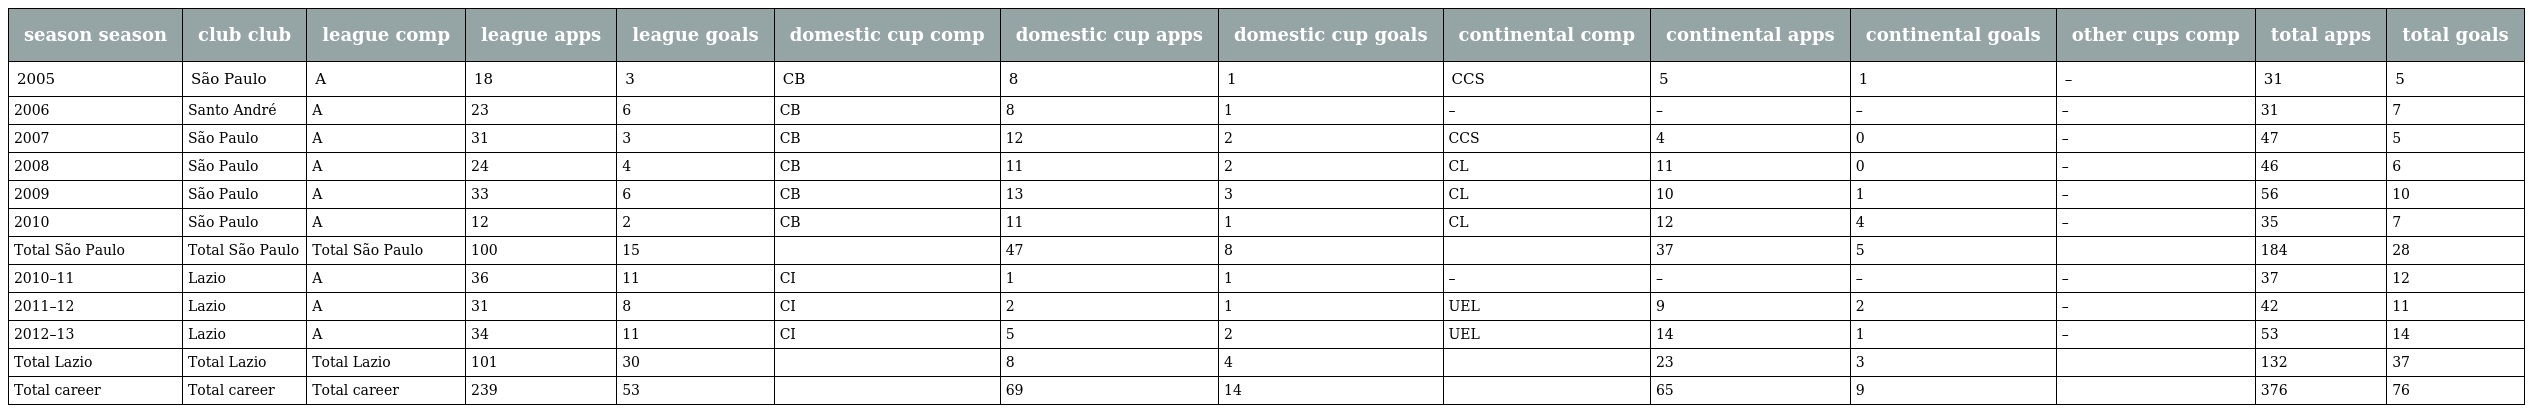
| season season | club club | league comp | league apps | league goals | domestic cup comp | domestic cup apps | domestic cup goals | continental comp | continental apps | continental goals | other cups comp | total apps | total goals |
 | --- | --- | --- | --- | --- | --- | --- | --- | --- | --- | --- | --- | --- | --- |
 | 2005 | São Paulo | A | 18 | 3 | CB | 8 | 1 | CCS | 5 | 1 | – | 31 | 5 |
 | 2006 | Santo André | A | 23 | 6 | CB | 8 | 1 | – | – | – | – | 31 | 7 |
 | 2007 | São Paulo | A | 31 | 3 | CB | 12 | 2 | CCS | 4 | 0 | – | 47 | 5 |
 | 2008 | São Paulo | A | 24 | 4 | CB | 11 | 2 | CL | 11 | 0 | – | 46 | 6 |
 | 2009 | São Paulo | A | 33 | 6 | CB | 13 | 3 | CL | 10 | 1 | – | 56 | 10 |
 | 2010 | São Paulo | A | 12 | 2 | CB | 11 | 1 | CL | 12 | 4 | – | 35 | 7 |
 | Total São Paulo | Total São Paulo | Total São Paulo | 100 | 15 |  | 47 | 8 |  | 37 | 5 |  | 184 | 28 |
 | 2010–11 | Lazio | A | 36 | 11 | CI | 1 | 1 | – | – | – | – | 37 | 12 |
 | 2011–12 | Lazio | A | 31 | 8 | CI | 2 | 1 | UEL | 9 | 2 | – | 42 | 11 |
 | 2012–13 | Lazio | A | 34 | 11 | CI | 5 | 2 | UEL | 14 | 1 | – | 53 | 14 |
 | Total Lazio | Total Lazio | Total Lazio | 101 | 30 |  | 8 | 4 |  | 23 | 3 |  | 132 | 37 |
 | Total career | Total career | Total career | 239 | 53 |  | 69 | 14 |  | 65 | 9 |  | 376 | 76 |